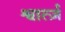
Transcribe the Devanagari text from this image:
श्वार्त्ज़